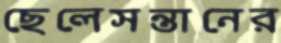
ছেলেসন্তানের